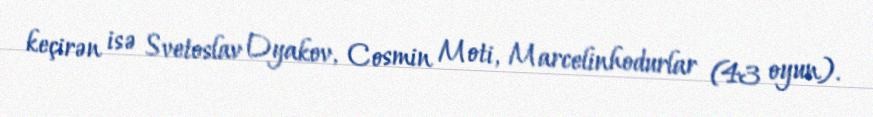
keçirən isə Svetoslav Dyakov, Cosmin Moti, Marcelinhodurlar (43 oyun).